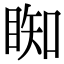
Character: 𥇭